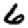
Digit: 6